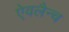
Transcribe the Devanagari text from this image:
ऐवलैन्च